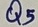
Text: Q5